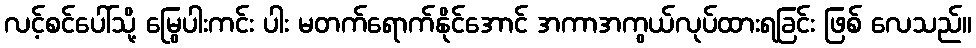
လင့်စင်ပေါ်သို့ မြွေပါးကင်း ပါး မတက်ရောက်နိုင်အောင် အကာအကွယ်လုပ်ထားရခြင်း ဖြစ် လေသည်။